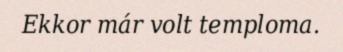
Ekkor már volt temploma.